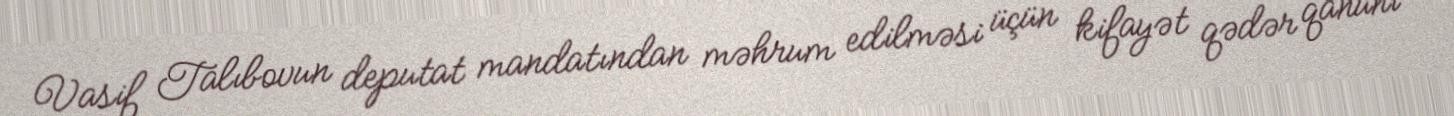
Vasif Talıbovun deputat mandatından məhrum edilməsi üçün kifayət qədər qanuni